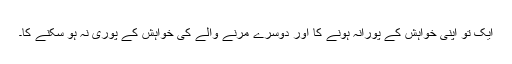
ایک تو اپنی خواہش کے پورانہ ہونے کا اور دوسرے مرنے والے کی خواہش کے پوری نہ ہو سکنے کا۔